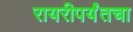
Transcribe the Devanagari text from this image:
रायरीपर्यंतचा